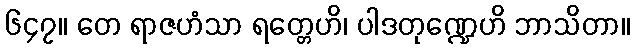
၆၄၇။ တေ ရာဇဟံသာ ရတ္တေဟိ၊ ပါဒတုဏ္ဍေဟိ ဘာသိတာ။